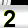
Digit: 2